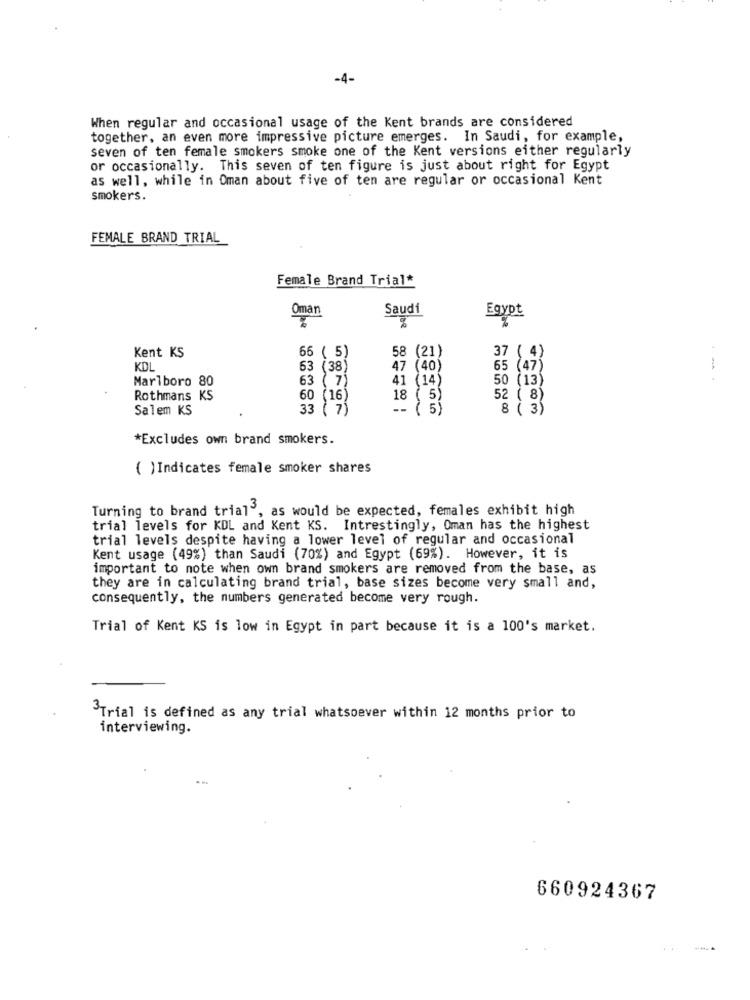
-4-
When regular and occasional usage of the Kent brands are considered
together, an even more impressive picture emerges. In Saudi, for example,
seven of ten female smokers smoke one of the Kent versions either regularly
or occasionally. This seven of ten figure is just about right for Egypt
as well, while in Oman about five of ten are regular or occasional Kent
smokers.
FEMALE BRAND TRIAL
Female Brand Trial*
Oman
Saudí
Egypt
%
Kent KS
58
(21)
37
66 ( 5)
KDL
63 (38)
47 (40)
65 (47)
Marlboro 80
63 ( 7)
41 (14)
50 (13)
Rothmans KS
60 (16)
18 ( 5)
52 ( 8)
Salem KS
33 ( 7)
-- ( 5)
8 ( 3)
*Excludes own brand smokers.
( )Indicates female smoker shares
Turning to brand trial', as would be expected, females exhibit high
trial levels for KDL and Kent KS. Intrestingly, Oman has the highest
trial levels despite having a lower level of regular and occasional
Kent usage (49%) than Saudi (70%) and Egypt (69%). However, it is
important to note when own brand smokers are removed from the base, as
they are in calculating brand trial, base sizes become very small and,
consequently, the numbers generated become very rough.
Trial of Kent KS is low in Egypt in part because it is a 100's market.
3Trial is defined as any trial whatsoever within 12 months prior to
interviewing.
...
660924367